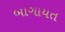
બાગાયત